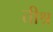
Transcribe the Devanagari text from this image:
तीश्र